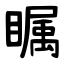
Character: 瞩